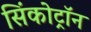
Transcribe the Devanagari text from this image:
सिंकोट्रॉन